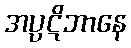
အပ္ပဋိဘာနေ